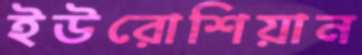
ইউরোশিয়ান